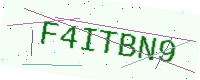
Text: F4ITBN9